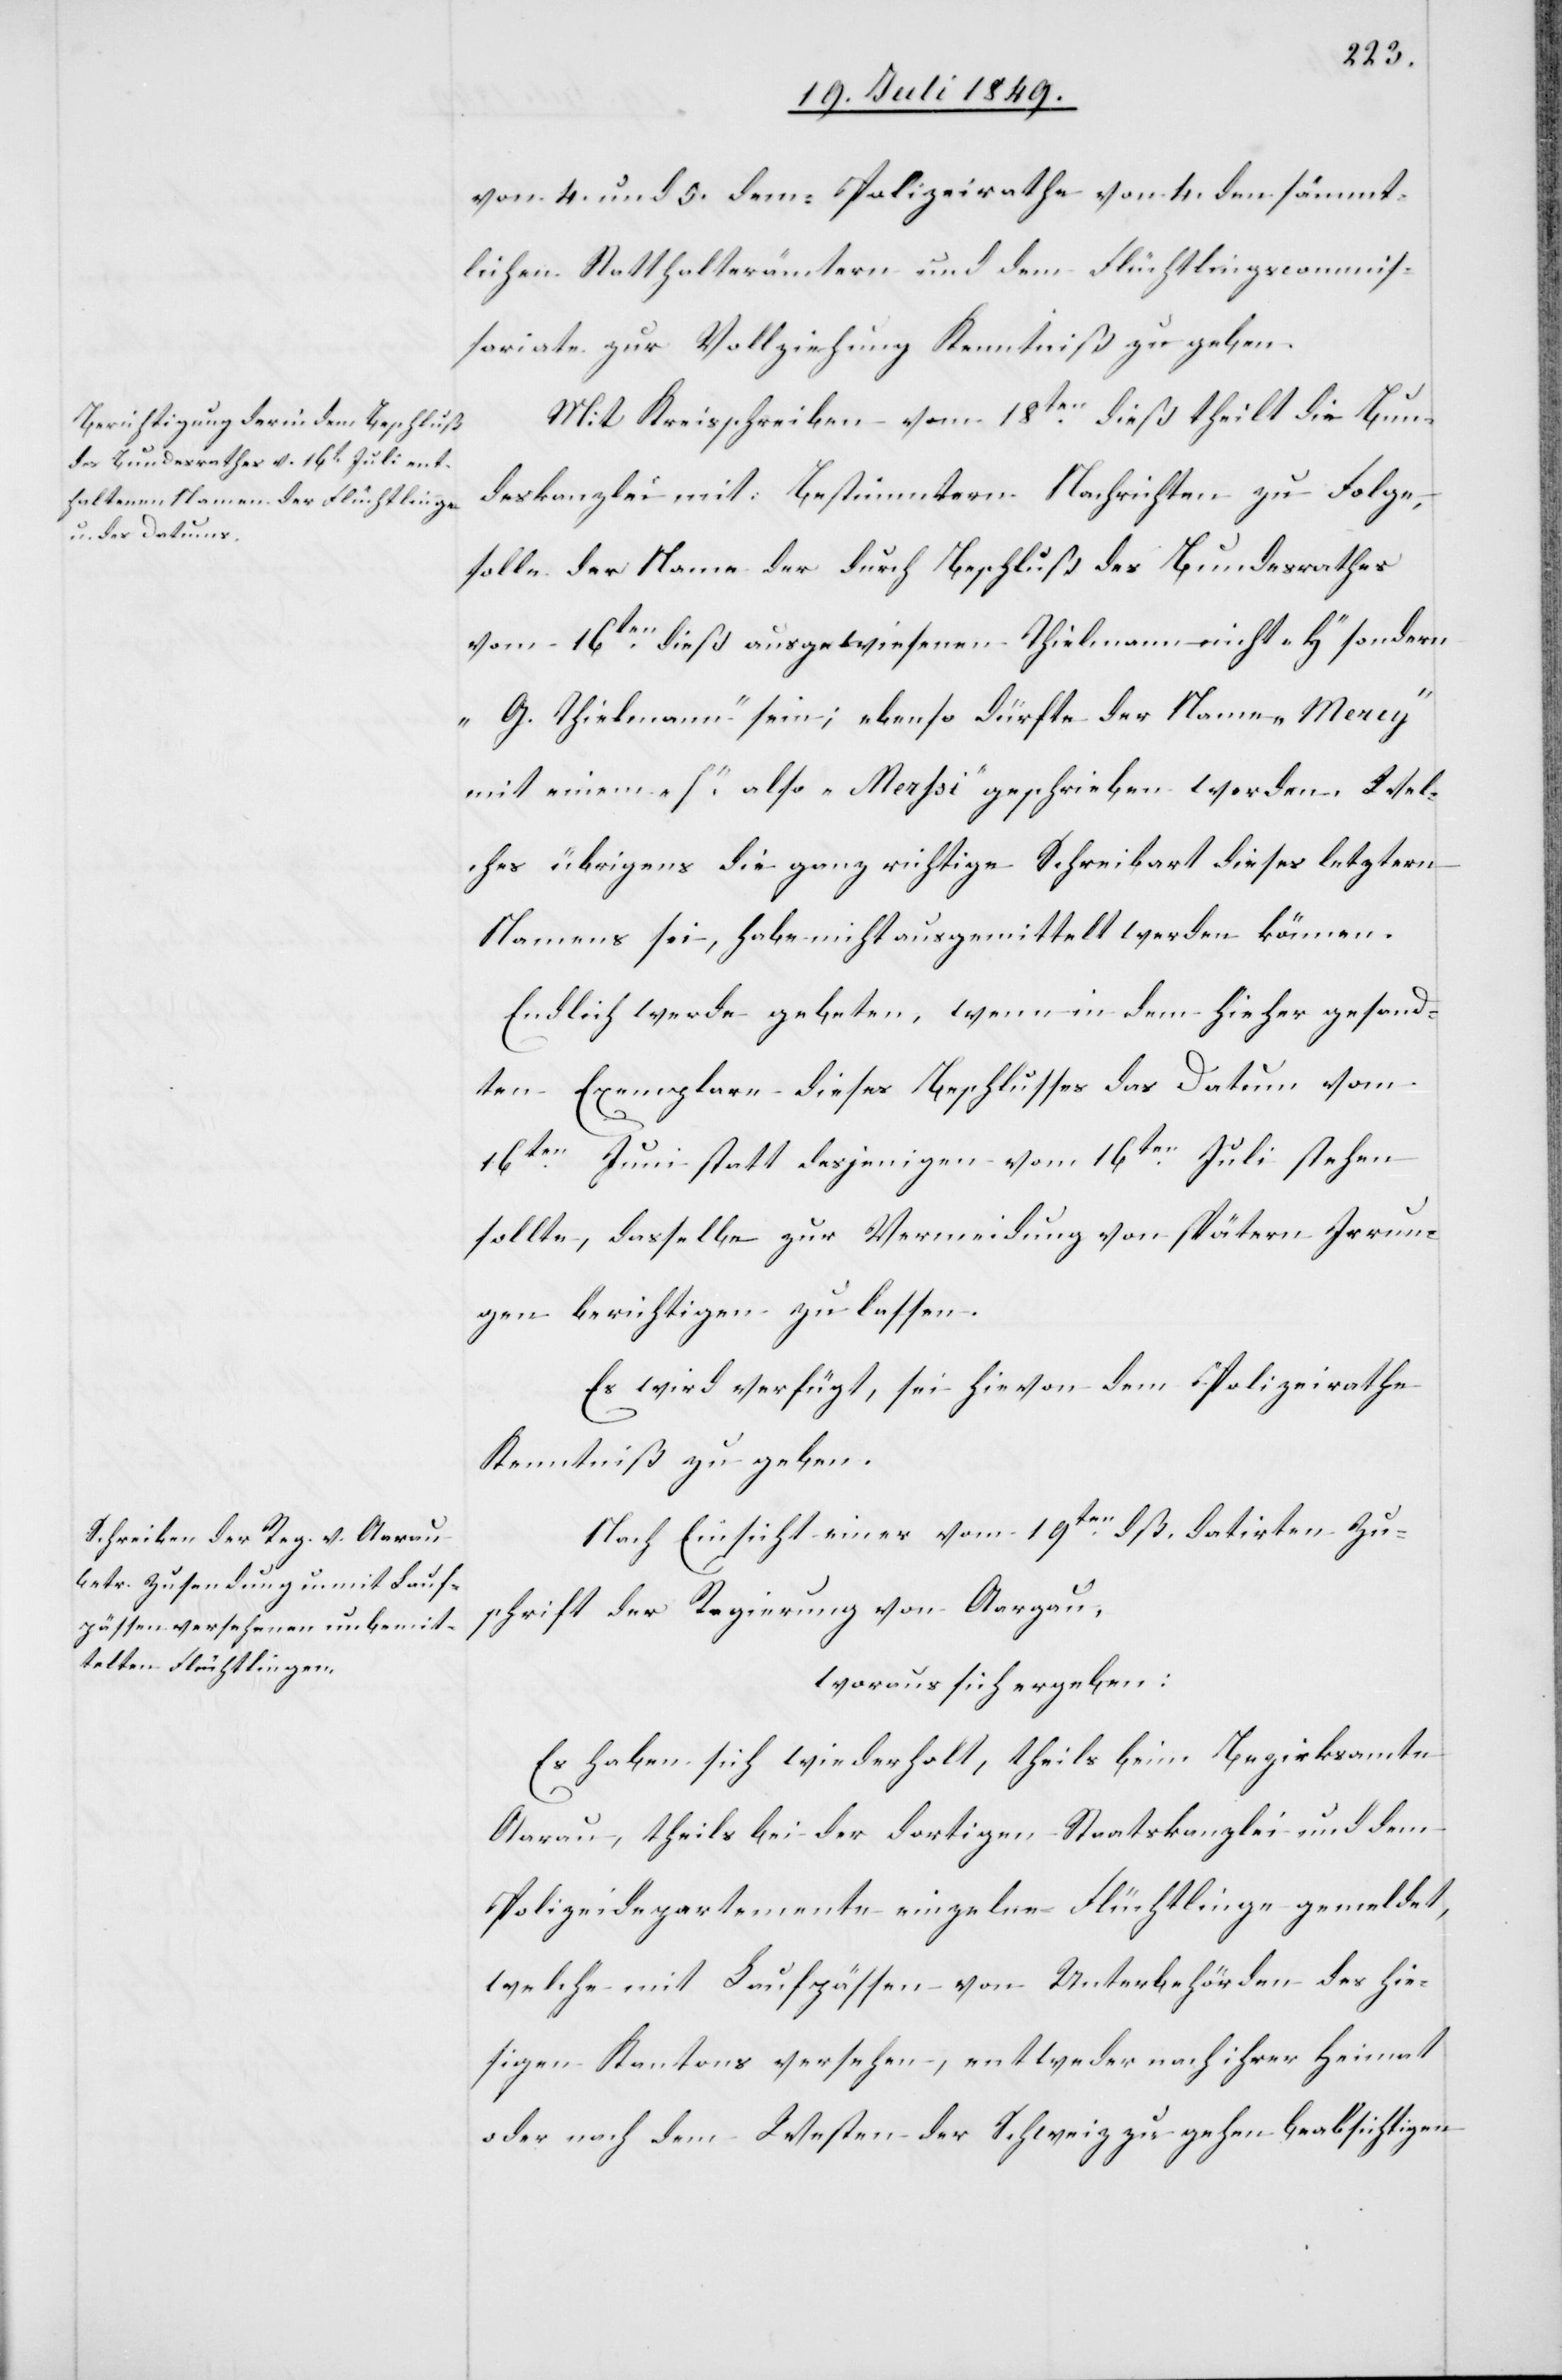
20. Juli 1849.]
von 4. und 5. dem Polizeirathe von 4. den sämmt¬
lichen Statthalterämtern und dem Flüchtlingscommis¬
sariate zur Vollziehung Kenntniß zu geben.
Mit Kreisschreiben vom 18ten dieß theilt die Bun¬
deskanzlei mit: Bestimmtern Nachrichten zu folge,
solle der Name der durch Beschluß des Bundesrathes
vom 16ten dieß ausgewiesenen Theilmann nicht „H“ sondern
„G. Theilmann“ sein; ebenso dürfte der Name „Mercy“
mit einem „h“ also „Merhsi“ geschrieben worden. Wel¬
ches übrigens die ganz richtige Schreibart dieses letztern
Namens sei, habe nicht ausgemittelt werden können.
Endlich werde gebeten, wenn in dem hieher gesand¬
ten Exemplare dieses Beschlusses das Datum vom
16ten Juni statt dasjenigen vom 16ten Juli stehen
sollte, dasselbe zur Vermeidung von spätern Irrun¬
gen berichtigen zu lassen.
Es wird verfügt, sei hievon dem Polizeirathe
Kenntniß zu geben.
Nach Einsicht einer vom 19ten dß. datirten Zu¬
schrift der Regierung von Aargau,
woraus sich ergeben:
Es haben sich wiederholt, theils beim Bezirksamte
Aarau, theils bei der dortigen Staatskanzlei und dem
Polizeidepartemente einzelne Flüchtlinge gemeldet,
welche mit Laufpässen von Unterbehörden des hie¬
sigen Kantons versehen, entweder nach ihrer Heimat
oder nach dem Westen der Schweiz zu gehen beabsichtigen